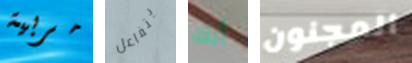
مربية يتفاعل أنك المجنون